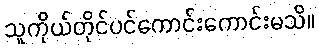
သူကိုယ်တိုင်ပင်ကောင်းကောင်းမသိ။